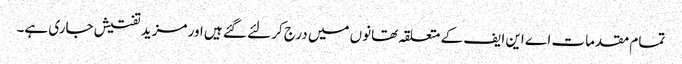
تمام مقدمات اے این ایف کے متعلقہ تھانوں میں درج کر لئے گئے ہیں اور مزید تفتیش جاری ہے۔